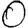
Digit: 0